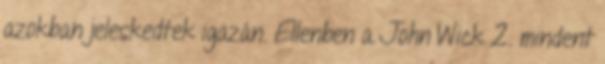
azokban jeleskedtek igazán. Ellenben a John Wick 2. mindent